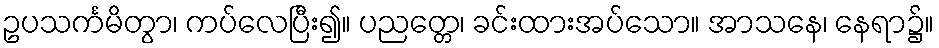
ဥပသင်္ကမိတွာ၊ ကပ်လေပြီး၍။ ပညတ္တေ၊ ခင်းထားအပ်သော။ အာသနေ၊ နေရာ၌။